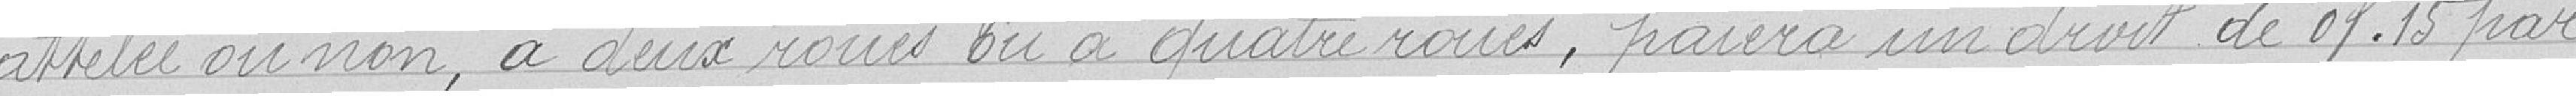
attelée ou non, à deux roues ou à quatre roues, paiera un droit de 0 franc 15 par